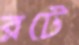
রটে